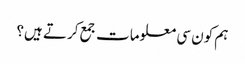
ہم کون سی معلومات جمع کرتے ہیں؟